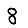
Digit: 8